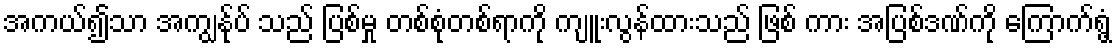
အကယ်၍သာ အကျွန်ုပ် သည် ပြစ်မှု တစ်စုံတစ်ရာကို ကျူးလွန်ထားသည် ဖြစ် ကား အပြစ်ဒဏ်ကို ကြောက်ရွံ့